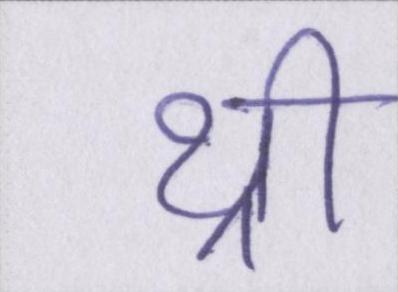
थ्री